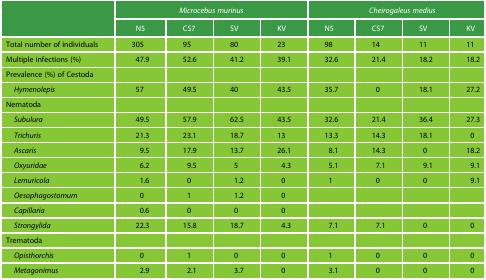
<table><thead><tr><td rowspan="2"></td><td colspan="4"><b><i>Microcebus murinus</i></b></td><td colspan="4"><b><i>Cheirogaleus medius</i></b></td></tr><tr><td><b>N5</b></td><td><b>CS7</b></td><td><b>SV</b></td><td><b>KV</b></td><td><b>N5</b></td><td><b>CS7</b></td><td><b>SV</b></td><td><b>KV</b></td></tr></thead><tbody><tr><td>Total number of individuals</td><td>305</td><td>95</td><td>80</td><td>23</td><td>98</td><td>14</td><td>11</td><td>11</td></tr><tr><td>Multiple infections (%)</td><td>47.9</td><td>52.6</td><td>41.2</td><td>39.1</td><td>32.6</td><td>21.4</td><td>18.2</td><td>18.2</td></tr><tr><td>Prevalence (%) of Cestoda</td><td></td><td></td><td></td><td></td><td></td><td></td><td></td><td></td></tr><tr><td><i> Hymenolepis</i></td><td>57</td><td>49.5</td><td>40</td><td>43.5</td><td>35.7</td><td>0</td><td>18.1</td><td>27.2</td></tr><tr><td>Nematoda</td><td></td><td></td><td></td><td></td><td></td><td></td><td></td><td></td></tr><tr><td> <i>Subulura</i></td><td>49.5</td><td>57.9</td><td>62.5</td><td>43.5</td><td>32.6</td><td>21.4</td><td>36.4</td><td>27.3</td></tr><tr><td> <i>Trichuris</i></td><td>21.3</td><td>23.1</td><td>18.7</td><td>13</td><td>13.3</td><td>14.3</td><td>18.1</td><td>0</td></tr><tr><td> <i>Ascaris</i></td><td>9.5</td><td>17.9</td><td>13.7</td><td>26.1</td><td>8.1</td><td>14.3</td><td>0</td><td>18.2</td></tr><tr><td> <i>Oxyuridae</i></td><td>6.2</td><td>9.5</td><td>5</td><td>4.3</td><td>5.1</td><td>7.1</td><td>9.1</td><td>9.1</td></tr><tr><td> <i>Lemuricola</i></td><td>1.6</td><td>0</td><td>1.2</td><td>0</td><td>1</td><td>0</td><td>0</td><td>9.1</td></tr><tr><td> <i>Oesophagostomum</i></td><td>0</td><td>1</td><td>1.2</td><td>0</td><td></td><td></td><td></td><td></td></tr><tr><td> <i>Capillaria</i></td><td>0.6</td><td>0</td><td>0</td><td>0</td><td></td><td></td><td></td><td></td></tr><tr><td> <i>Strongylida</i></td><td>22.3</td><td>15.8</td><td>18.7</td><td>4.3</td><td>7.1</td><td>7.1</td><td>0</td><td>0</td></tr><tr><td>Trematoda</td><td></td><td></td><td></td><td></td><td></td><td></td><td></td><td></td></tr><tr><td> <i>Opisthorchis</i></td><td>0</td><td>1</td><td>0</td><td>0</td><td>1</td><td>0</td><td>0</td><td>0</td></tr><tr><td> <i>Metagonimus</i></td><td>2.9</td><td>2.1</td><td>3.7</td><td>0</td><td>3.1</td><td>0</td><td>0</td><td>0</td></tr></tbody></table>